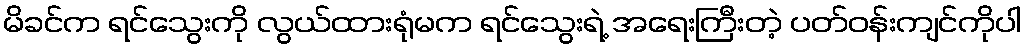
မိခင်က ရင်သွေးကို လွယ်ထားရုံမက ရင်သွေးရဲ့ အရေးကြီးတဲ့ ပတ်ဝန်းကျင်ကိုပါ